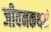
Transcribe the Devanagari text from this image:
जीवनकथने